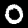
Digit: 0